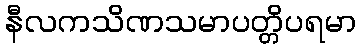
နီလကသိဏသမာပတ္တိပရမာ